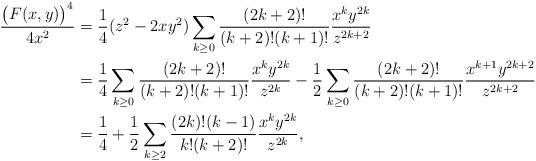
LaTeX: \begin{align*}\frac{\big(F(x,y)\big)^4}{4x^2}&=\frac14(z^2-2xy^2)\sum_{k\ge 0}\frac{(2k+2)!}{(k+2)!(k+1)!}\frac{x^ky^{2k}}{z^{2k+2}}\\&=\frac14\sum_{k\ge 0}\frac{(2k+2)!}{(k+2)!(k+1)!}\frac{x^ky^{2k}}{z^{2k}}-\frac12\sum_{k\ge 0}\frac{(2k+2)!}{(k+2)!(k+1)!}\frac{x^{k+1}y^{2k+2}}{z^{2k+2}}\\&=\frac14+\frac12\sum_{k\ge2}\frac{(2k)!(k-1)}{k!(k+2)!}\frac{x^ky^{2k}}{z^{2k}},\end{align*}